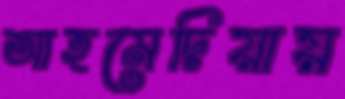
আহমেদিয়ায়